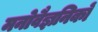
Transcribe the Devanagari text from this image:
मनोवैज्ञनिकों